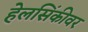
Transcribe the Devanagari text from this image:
हेलसिंकीवर